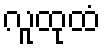
လူထုထံ